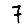
Digit: 7